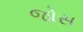
જોસ